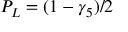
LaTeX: P _ { L } = ( 1 - \gamma _ { 5 } ) / 2